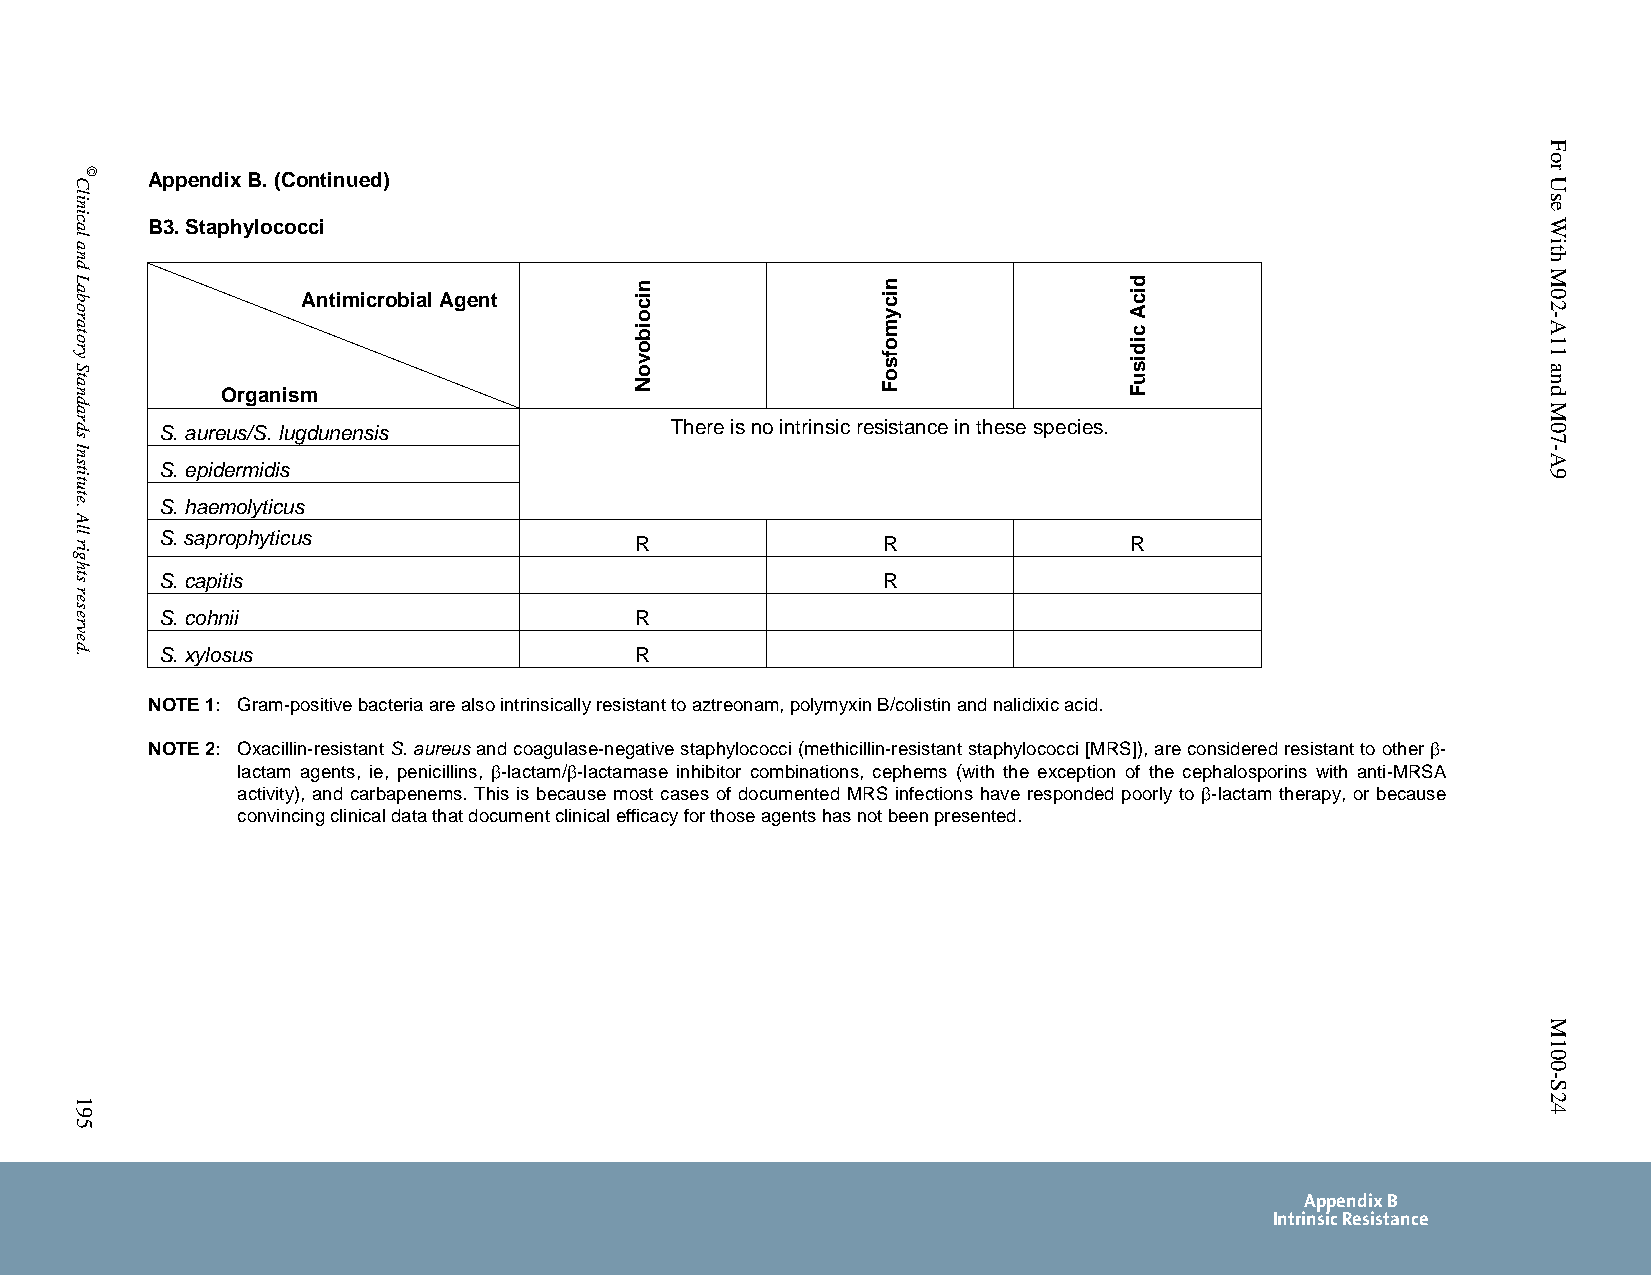
Appendix B. (Continued)
 B3. Staphylococci
 Antimicrobial Agent
 Organism
 S. aureus/S. lugdunensis         There is no intrinsic resistance in these species.
 S. epidermidis
 S. haemolyticus
 S. saprophyticus               R               R                R
 S. capitis                                     R
 S. cohnii                      R
 S. xylosus                     R
 NOTE 1: Gram-positive bacteria are also intrinsically resistant to aztreonam, polymyxin B/colistin and nalidixic acid.
 NOTE 2: Oxacillin-resistant S. aureus and coagulase-negative staphylococci (methicillin-resistant staphylococci [MRS]), are considered resistant to other -
 lactam agents, ie, penicillins, -lactam/-lactamase inhibitor combinations, cephems (with the exception of the cephalosporins with anti-MRSA
 activity), and carbapenems. This is because most cases of documented MRS infections have responded poorly to -lactam therapy, or because
 convincing clinical data that document clinical efficacy for those agents has not been presented.
 Appendix B
 Intrinsic Resistance
 PublishedOn1/1/2014. Thisdocumentisprotectedbycopyright.
 Clinical
 and
 Laboratory
 Standards
 Institute.
 All
 rights
 reserved.
 195
 ©
 nicoibovoN       nicymofsoF      dicA
 cidisuF
 For
 Use
 With
 M02-A11
 and
 M07-A9
 M100-S24